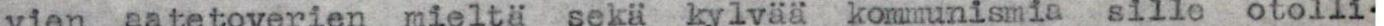
vien aatetoverien mieltä sekä kylvää  kommunismia  sille otolli-